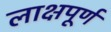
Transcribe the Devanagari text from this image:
लाक्षपूर्ण